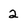
Character: 2